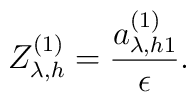
Z_{\lambda,h}^{(1)}=\frac{a_{\lambda,h 1}^{(1)}}{\epsilon}.